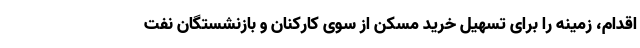
اقدام، زمینه را برای تسهیل خرید مسکن از سوی کارکنان و بازنشستگان نفت